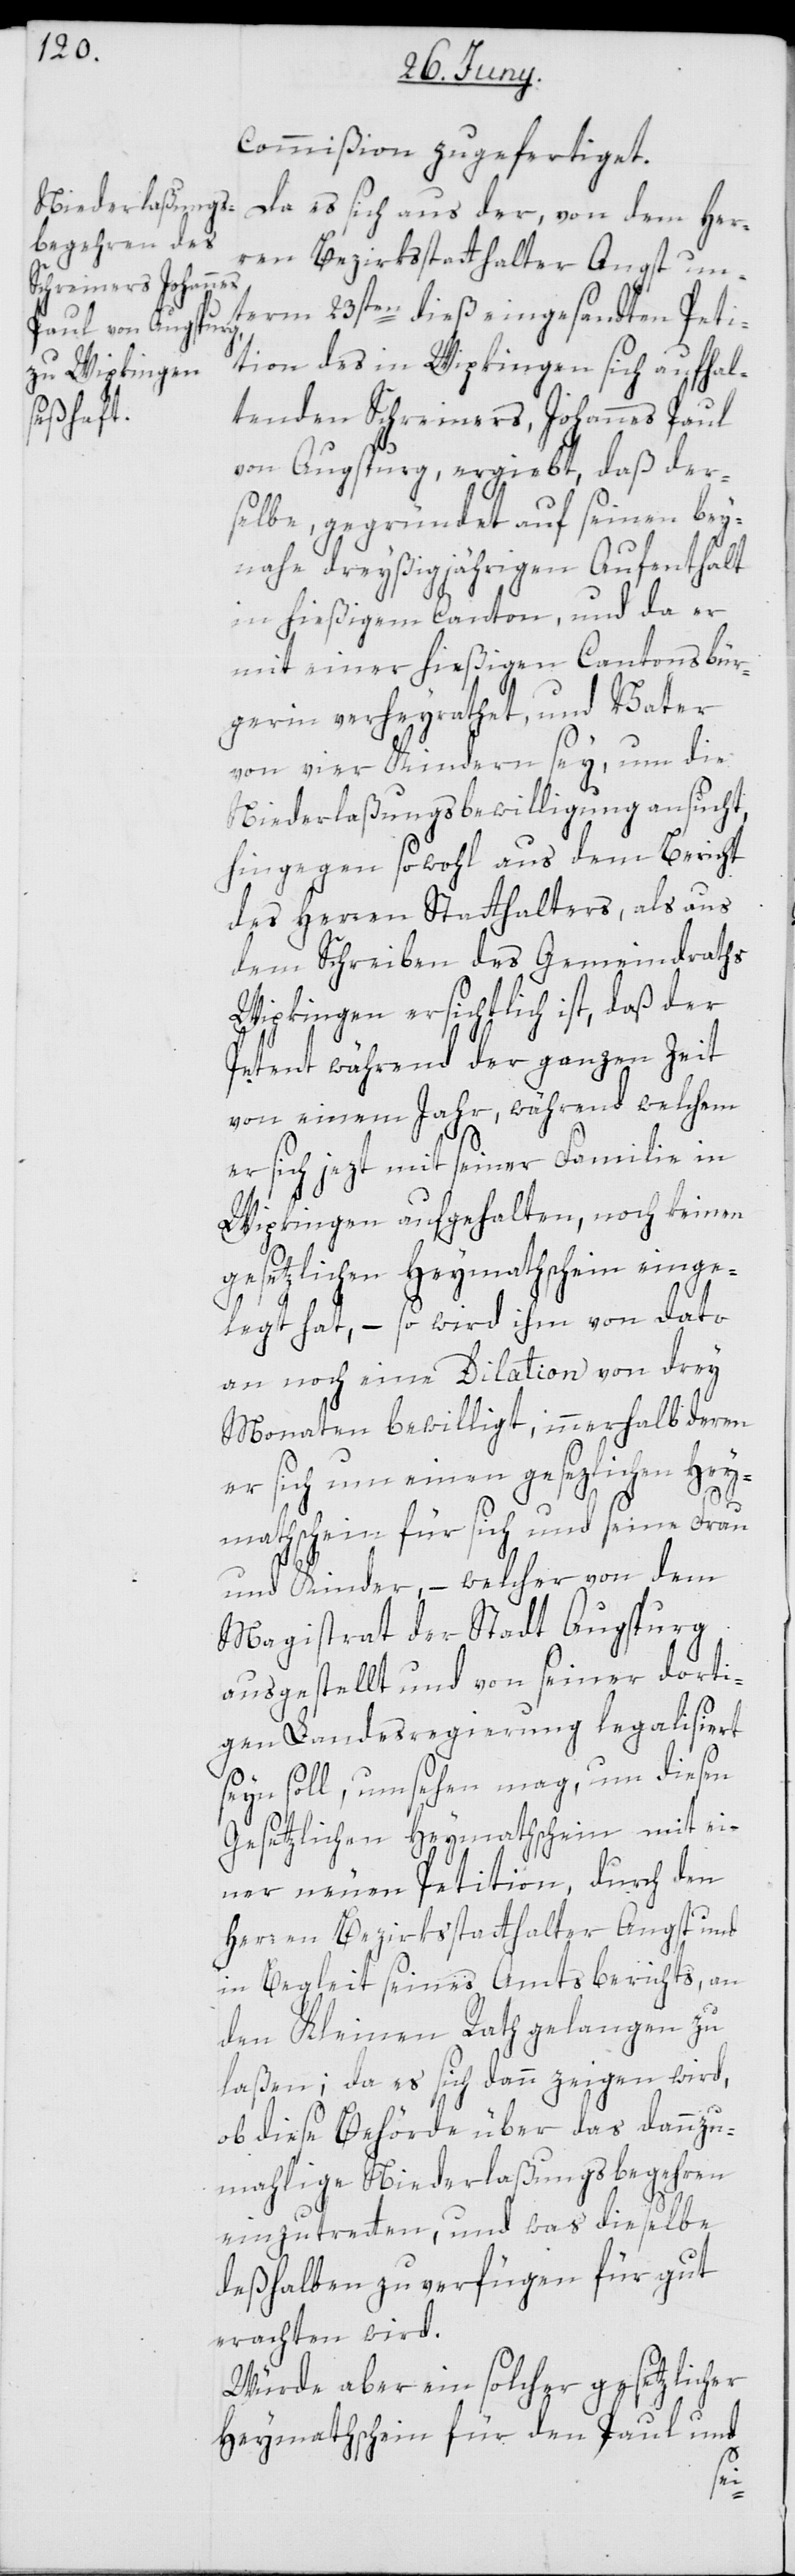
commißion zugefertiget.
Da es sich aus der, von dem Her¬
ren Bezirksstatthalter Angst un¬
term 23sten dieß eingesandten Peti¬
tion des in Wipkingen sich aufhal¬
tenden Schreiners, Johannes Paul
von Augspurg, ergiebt, daß der¬
selbe, gegründet auf seinen bey¬
nahe dreyßigjährigen Aufenthalt
in hießigem Canton, und da er
mit einer hießigen Cantonsbür¬
gerin verheyrathet, und Vater
von vier Kindern sey, um die
Niederlaßungsbewilligung ansucht,
hingegen sowohl aus dem Bericht
des Herren Statthalters, als aus
dem Schreiben des Gemeindraths
Wipkingen ersichtlich ist, daß der
Petent während der ganzen Zeit
von einem Jahr, während welchem
er sich jezt mit seiner Familie in
Wipkingen aufgehalten, noch keinen
gesetzlichen Heymathschein einge¬
legt hat, – so wird ihm von dato
an noch eine Dilation von drey
Monaten bewilligt, innerhalb deren
er sich um einen gesezlichen Hey¬
mathschein für sich und seine Frau
und Kinder, – welcher von dem
Magistrat der Stadt Augspurg
ausgestellt und von seiner dorti¬
gen Landesregierung legalisiert
seyn soll, umsehen mag, um diesen
Gesetzlichen Heymatschein mit ei¬
ner neuen Petition, durch den
Herren Bezirksstatthalter Angst und
in Begleit seines Amtsberichts, an
den Kleinen Rath gelangen zu
laßen; da es sich dann zeigen wird,
ob diese Behörde über das dannzu¬
mahlige Niederlaßungsbegehren
einzutretten, und was dieselbe
deßhalben zu verfügen für gut
erachten wird.
Würde aber ein solcher gesetzlicher
Heymathschein für den Paul und